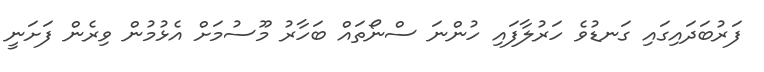
ފަރުބަދައިގައި ގަނޑުވެ ހަރުލާފައި ހުންނަ ސްނޯތައް ބަހާރު މޫސުމަށް އެޅުމުން ވިރެން ފަށަނީ